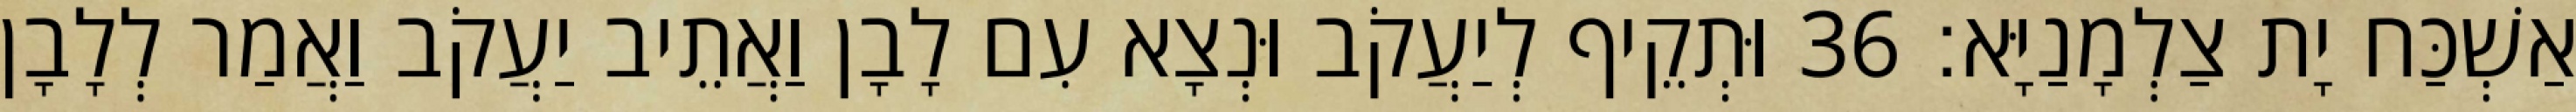
אַשְׁכַּח יָת צַלְמָנַיָּא׃ 36 וּתְקֵיף לְיַעֲקֹב וּנְצָא עִם לָבָן וַאֲתֵיב יַעֲקֹב וַאֲמַר לְלָבָן